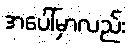
အပေါ်မှာလည်း